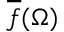
{ \overline { { f } } } ( \Omega )